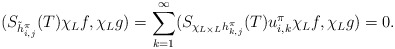
\begin{align*}(S_{\tilde{h}^{\pi}_{i,j}}(T)\chi_Lf,\chi_Lg) = \sum_{k=1}^{\infty}(S_{\chi_{L\times L}h^{\pi}_{k,j}}(T)u^\pi_{i,k}\chi_Lf,\chi_Lg) =0.\end{align*}